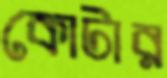
কোটার